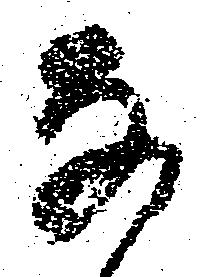
な